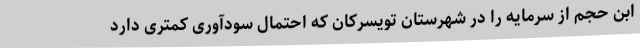
ابن حجم از سرمایه را در شهرستان تویسرکان که احتمال سودآوری کمتری دارد